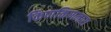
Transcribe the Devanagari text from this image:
किणकिणनारा